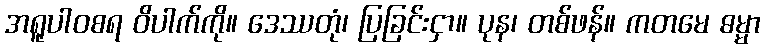
အရူပါဝစရ ဝိပါက်ကို။ ဒေဿတုံ၊ ပြခြင်းငှာ။ ပုန၊ တစ်ဖန်။ ကတမေ ဓမ္မာ